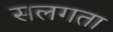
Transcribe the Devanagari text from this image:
सलगता